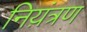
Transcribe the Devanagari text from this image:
निय़ंत्रण